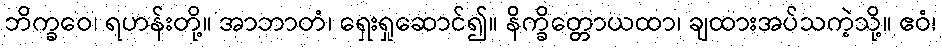
ဘိက္ခဝေ၊ ရဟန်းတို့။ အာဘာတံ၊ ရှေးရှုဆောင်၍။ နိက္ခိတ္တောယထာ၊ ချထားအပ်သကဲ့သို့။ ဧဝံ၊